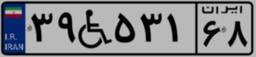
۴۲W۷۰۶۰۰